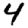
Digit: 4